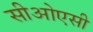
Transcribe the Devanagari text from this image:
सीओएसी